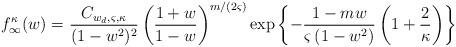
LaTeX: \begin{align*}f^{\kappa}_\infty(w)=&~\frac{C_{w_d,\varsigma,\kappa}}{(1-w^2)^2}\left(\frac{1+w}{1-w}\right)^{m/(2\varsigma)}\exp\left\{-\frac{1-m w}{\varsigma\left(1-w^2\right)}\left(1+\frac{2}{\kappa}\right)\right\}\end{align*}